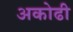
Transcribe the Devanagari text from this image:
अकोढी